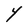
Character: Y